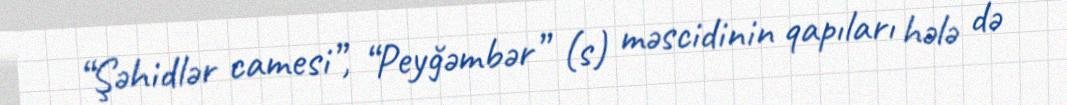
“Şəhidlər camesi”, “Peyğəmbər” (s) məscidinin qapıları hələ də